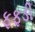
ફફડી